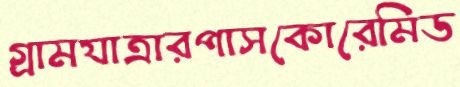
গ্রামযাত্রারপাসকোরেমিড